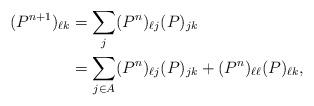
LaTeX: \begin{align*}(P^{n+1})_{\ell k}&=\sum_j (P^n)_{\ell j}(P)_{jk}\\&=\sum_{j\in A}(P^n)_{\ell j}(P)_{jk}+(P^n)_{\ell \ell} (P)_{\ell k},\end{align*}